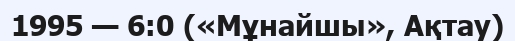
1995 — 6:0 («Мұнайшы», Ақтау)